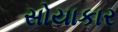
સોયાકાર